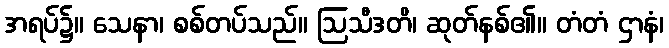
အရပ်၌။ သေနာ၊ စစ်တပ်သည်။ ဩသီဒတိ၊ ဆုတ်နစ်၏။ တံတံ ဌာနံ၊